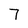
Character: 7